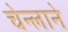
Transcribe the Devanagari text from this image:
चेन्लाने